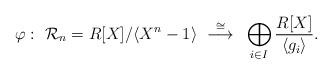
LaTeX: \begin{align*}\varphi:~\mathcal{R}_n=R[X]/\langle X^n-1\rangle~\buildrel{\cong}\over{\longrightarrow}~\bigoplus\limits_{i\in I}\frac{R[X]}{\langle g_i\rangle}.\end{align*}